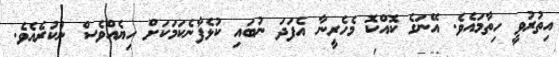
އިތުރުވީ ހިތާމައެވެ. އޭނަގެ ކޮއްކޮ މެހެރީނާ އެފަދަ ނުބައި ކުޅެފާނެކަމަކަށް ހިޔެއްވެސް ނުކުރެއެވެ.